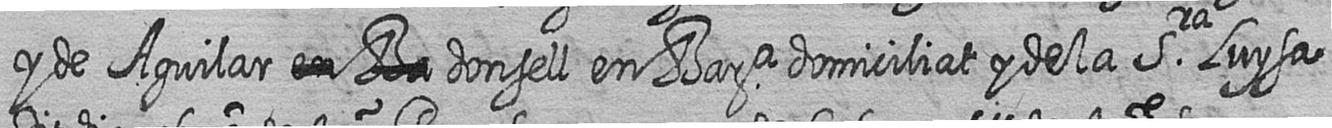
y de Aguilar # # donsell en Bara domiciliat y de la Sra Luysa